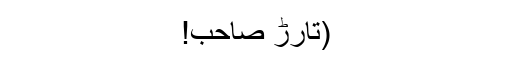
(تارڑ صاحب!